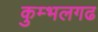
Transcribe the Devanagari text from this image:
कुम्‍भलगढ